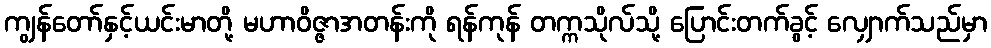
ကျွန်တော်နှင့်ယင်းမာတို့ မဟာဝိဇ္ဇာအတန်းကို ရန်ကုန် တက္ကသိုလ်သို့ ပြောင်းတက်ခွင့် လျှောက်သည်မှာ